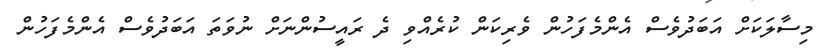
މިސާލަކަށް އަބަދުވެސް އެންމެފަހުން ވެރިކަން ކުރެއްވި ދެ ރައީސުންނަށް ނުވަތަ އަބަދުވެސް އެންމެފަހުން